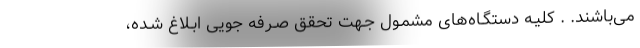
می‌باشند. . کلیـه دستگـاه‌های مشمـول جـهت تحقق صـرفه جویی ابـلاغ شـده،